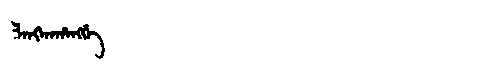
Manchu: ᠯᠠᠩᡤᠠᡥᠠᠩᡤᡝ
Romanization: LANGGAHANGGE